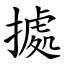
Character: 㨿